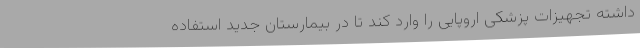
داشته تجهیزات پزشکی اروپایی را وارد کند تا در بیمارستان جدید استفاده